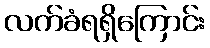
လက်ခံရရှိကြောင်း